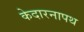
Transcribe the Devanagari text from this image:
केदारनापथ